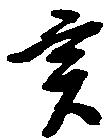
亥